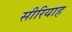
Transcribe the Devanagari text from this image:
सीरियाह